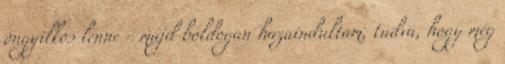
öngyilkos lenne - majd boldogan hazaindultam, tudva, hogy még